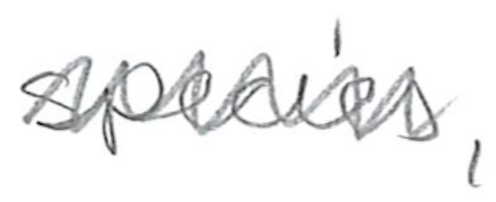
Text: species,
Cross-out: zig-zag
Writing tool: pencil